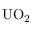
\mathrm { U O _ { 2 } }